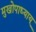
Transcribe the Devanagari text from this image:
मुखोपाध्याय्